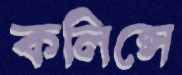
কলিন্সে